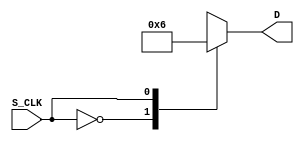
`timescale 1ns / 1ps
//////////////////////////////////////////////////////////////////////////////////
// Company: 
// Engineer: 
// 
// Design Name: 
// Module Name:    Switcher 
// Project Name: 
// Target Devices: 
// Tool versions: 
// Description: 
//
// Dependencies: 
//
// Revision: 
// Revision 0.01 - File Created
// Additional Comments: 
//
//////////////////////////////////////////////////////////////////////////////////
module Switcher(S_CLK, D);
    input S_CLK;
    output [1:0]D;

    function [1:0]sw;
        input s_clk;
        begin
            case (s_clk)
                1'b0:sw = 2'b01;
                1'b1:sw = 2'b10;
            endcase
        end
    endfunction

    assign D = sw(S_CLK);
endmodule